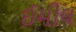
ઈમીલ